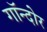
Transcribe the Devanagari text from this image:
गॉन्दोर